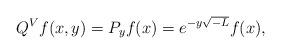
LaTeX: \begin{align*}Q^Vf(x,y)=P_y f(x)=e^{-y\sqrt{-L}} f(x),\end{align*}